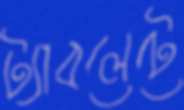
ট্যাবলেটে